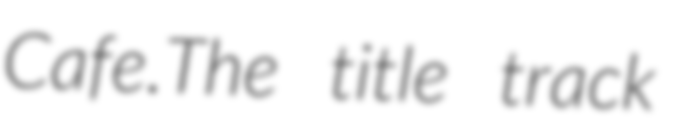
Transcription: Cafe.The title track